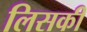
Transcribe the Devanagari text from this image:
लिसकी